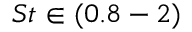
S t \in ( 0 . 8 - 2 )